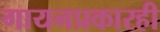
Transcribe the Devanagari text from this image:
गायनप्रकारही